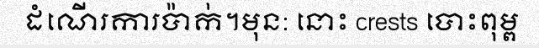
ដំណើរការប៉ាក់។មុន: នោះ crests បោះពុម្ព